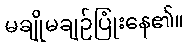
မချိုမချဉ်ပြုံးနေ၏။